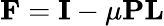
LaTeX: {\mathbf F}={\mathbf I}-\mu{\mathbf P}{\mathbf L}